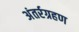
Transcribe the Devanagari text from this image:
अंतर्रग्रहण